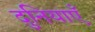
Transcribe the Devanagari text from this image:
दुनियाएँ